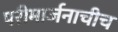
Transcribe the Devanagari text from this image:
परीमार्जनाचीच